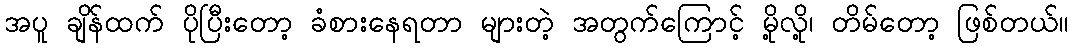
အပူ ချိန်ထက် ပိုပြီးတော့ ခံစားနေရတာ များတဲ့ အတွက်ကြောင့် မို့လို့၊ တိမ်တော့ ဖြစ်တယ်။